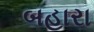
બહારા